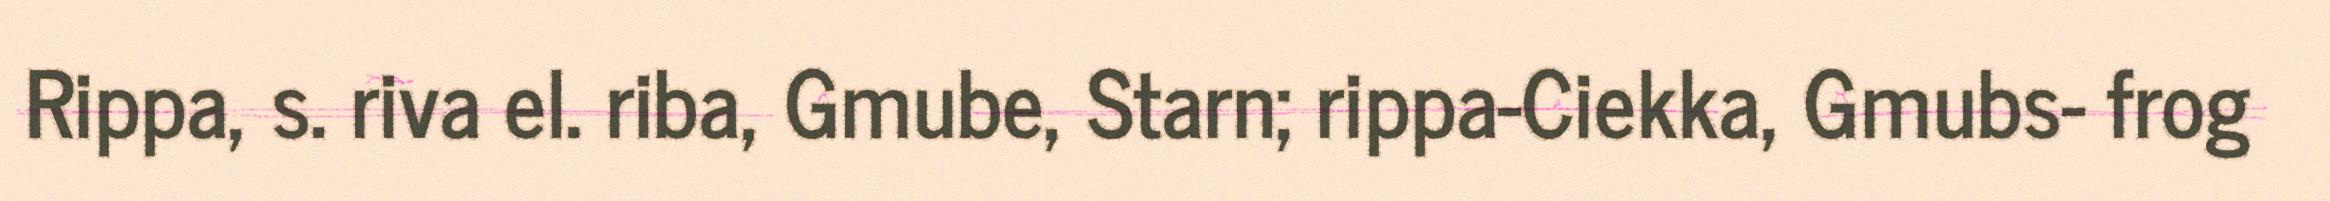
Rippa, s. riva el. riba, Gmube, Starn; rippa-Ciekka, Gmubs- frog